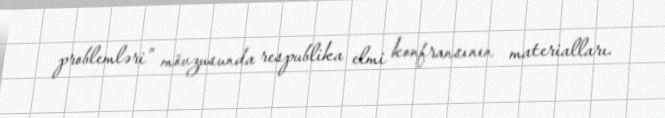
problemləri” mövzusunda respublika elmi konfransının materialları.